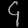
Digit: ၄